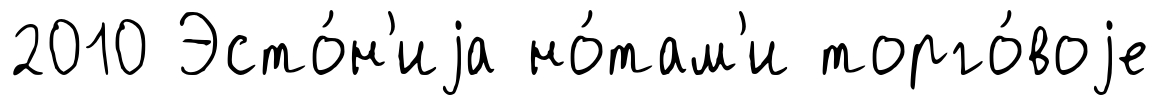
2010 Эсто́н'иjа но́там'и торго́воjе